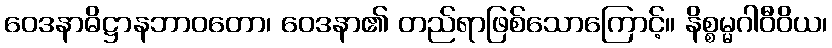
ဝေဒနာဓိဋ္ဌာနဘာဝတော၊ ဝေဒနာ၏ တည်ရာဖြစ်သောကြောင့်။ နိစ္စမ္မဂါဝီဝိယ၊